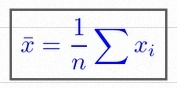
\bar{x}=\frac1n\sum x_i